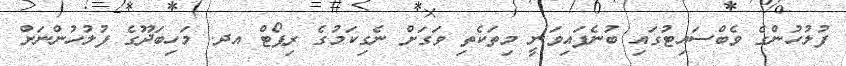
ފުލުހުންގެ ވެބްސައިޓުގައި ބުނެފައިވަނީ މިތަކެތި ވަގަށް ނެގިކަމުގެ ރިޕޯޓް އދ. މަހިބަދޫގެ ފުލުހުންނަށް